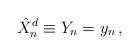
\begin{align*}\hat{X}^{d}_{n}\equiv Y_{n} = y_{n}\, ,\end{align*}